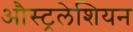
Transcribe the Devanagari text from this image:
औस्ट्रलेशियन